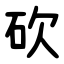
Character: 砍